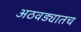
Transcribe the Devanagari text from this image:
अठवड्यातच